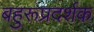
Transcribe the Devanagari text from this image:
बहुरूप्रदर्शक